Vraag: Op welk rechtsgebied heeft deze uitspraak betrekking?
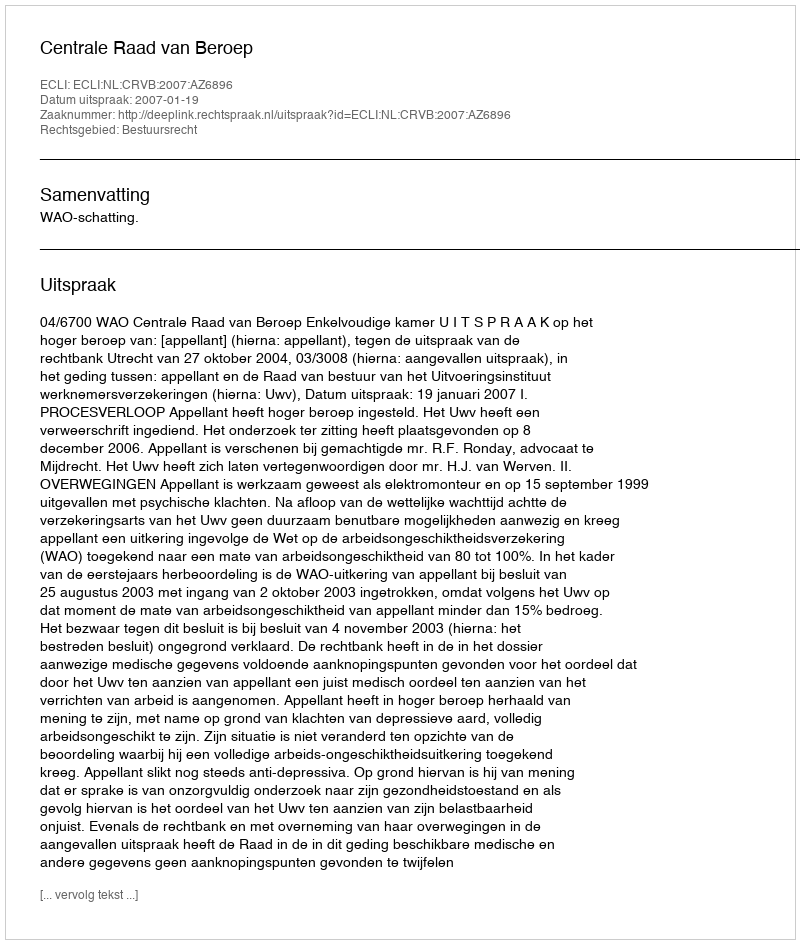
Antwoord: Bestuursrecht